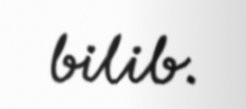
bilib.